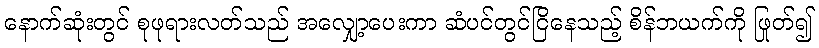
နောက်ဆုံးတွင် စုဖုရားလတ်သည် အလျှော့ပေးကာ ဆံပင်တွင်ငြိနေသည့် စိန်ဘယက်ကို ဖြုတ်၍